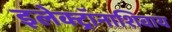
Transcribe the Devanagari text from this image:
इलेक्ट्रॉनाशिवाय